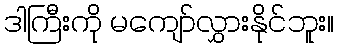
ဒါကြီးကို မကျော်လွှားနိုင်ဘူး။